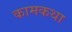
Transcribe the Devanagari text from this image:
कामकथा